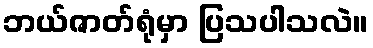
ဘယ်ဇာတ်ရုံမှာ ပြသပါသလဲ။